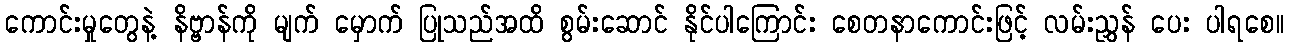
ကောင်းမှုတွေနဲ့ နိဗ္ဗာန်ကို မျက် မှောက် ပြုသည်အထိ စွမ်းဆောင် နိုင်ပါကြောင်း စေတနာကောင်းဖြင့် လမ်းညွှန် ပေး ပါရစေ။